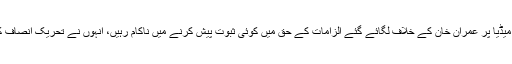
درخواست گزار شہری محمود اختر نے عدالت سے استدعا کی کہ عائشہ گلالئی میڈیا پر عمران خان کے خلاف لگائے گئے الزامات کے حق میں کوئی ثبوت پیش کرنے میں ناکام رہیں، انہوں نے تحریک انصاف کے چیرمین کے خلاف نازیبا زبان استعمال کی اور جھوٹ پر مبنی بیانات دیے۔